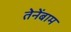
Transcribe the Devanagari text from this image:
तेनेंबाम